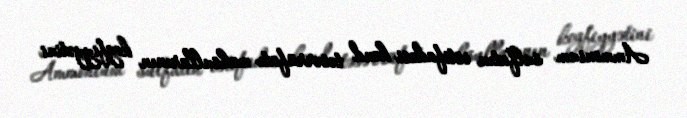
Ammonium sulfatın istifadəsi kənd təsərrüfatı məhsullarının keyfiyyətini